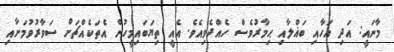
މާނައީ: އަދި އަހާއި ބަޣްލާއި ޙިމާރުވެސް ހެއްދެވިއެވެ. އެއީ ތިޔަބައިމީހުން އެތަކެއްޗަށް ސަވާރުވުމަށާއި